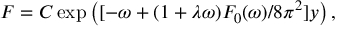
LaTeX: F = C \exp \left( { [ - \omega + ( 1 + \lambda \omega ) F _ { 0 } ( \omega ) / 8 \pi ^ { 2 } ] y } \right) ,